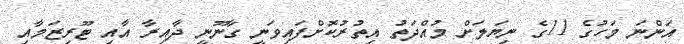
އަންނަ މަހުގެ 11ގެ ނިޔަލަށް މުއްދަތު އިތުރުކޮށްފައިވަނީ ގާނޫނީ ދާއިރާ އާއި ޓޫރިޒަމާއި